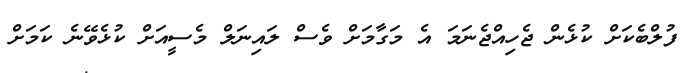
ފުލްބެކަށް ކުޅެން ޖެހިއްޖެނަމަ އެ މަގާމަށް ވެސް ލައިނަލް މެސީއަށް ކުޅެވޭނެ ކަމަށް